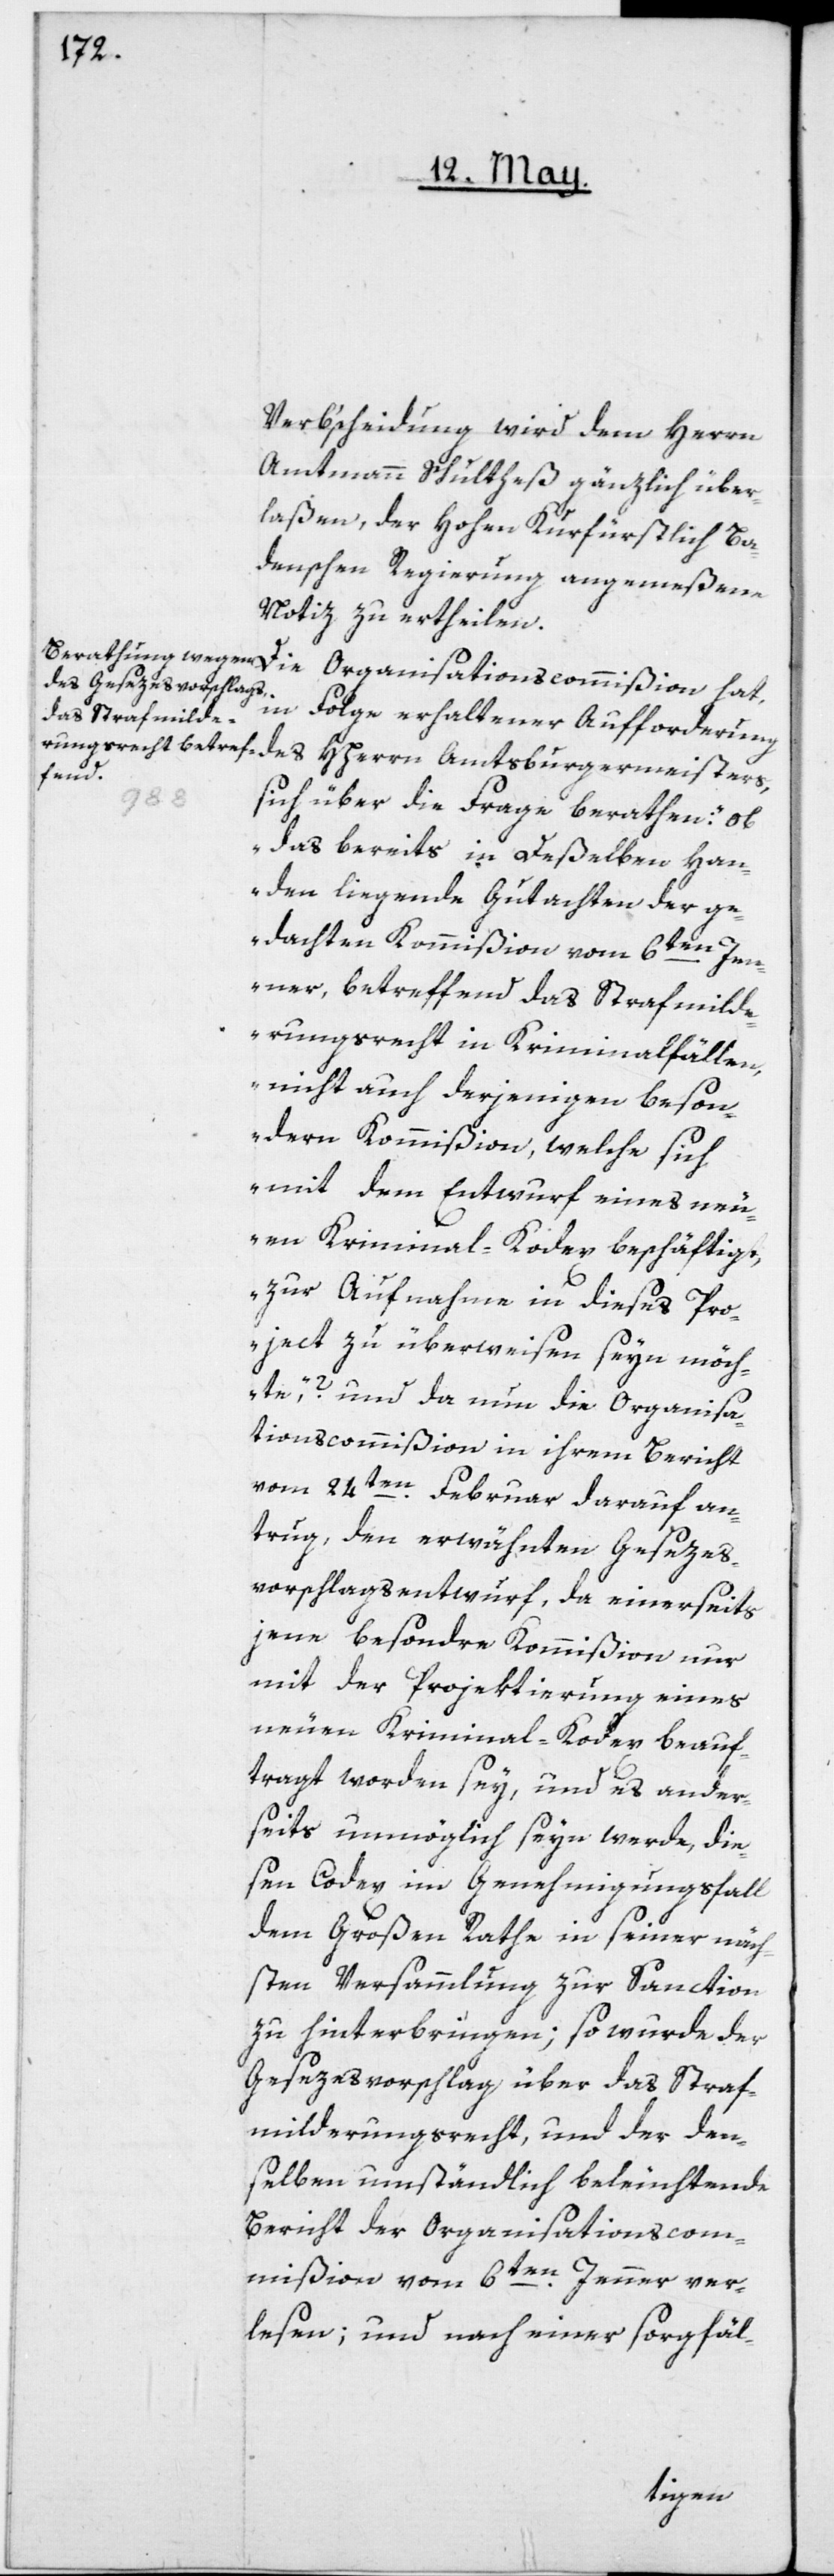
Verb’scheidung wird dem Herrn
Amtmann Schultheß gänzlich über¬
laßen, der Hohen Kurfürstlich Ba¬
denschen Regierung angemeßene
Notiz zu ertheilen.
Die Organisationscommißion hat,
in Folge erhaltener Aufforderung
des HHerrn Amtsburgermeisters,
sich über die Frage berathen: „Ob
das bereits in Deßelben Han¬
den liegende Gutachten der ge¬
dachten Kommißion vom 6ten Jen¬
ner, betreffend das Strafmild¬
erungsrecht in Kriminalfällen,
nicht auch derjenigen beson¬
dern Kommißion, welche sich
mit dem Entwurf eines neu¬
en Kriminal-Kodex beschäftigt,
zur Aufnahme in dieses Pro¬
ject zu überweisen seyn möch¬
te,“? und da nun die Organisa¬
tionscommißion in ihrem Bericht
vom 24ten Februar darauf an¬
trug, den erwähnten Gesezes¬
vorschlagsentwurf, da einerseits
jene besondre Kommißion nur
mit der Projektierung eines
neuen Kriminal-Kodex beauf¬
tragt worden sey, und es ander¬
seits unmöglich seyn werde, die¬
sen Codex im Genehmigungsfall
dem Großen Rathe in seiner näch¬
sten Versammlung zur Sanction
zu hinterbringen; so wurde der
Gesezesvorschlag über das Straf¬
milderungsrecht und der den¬
selben umständlich beleuchtende
Bericht der Organisationscom¬
mißion vom 6ten Jenner ver¬
lesen, und nach einer sorgfäl-